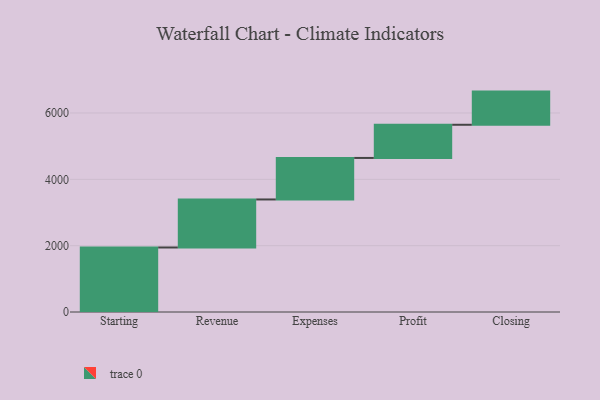
{"axis": {"x": "Step", "y": "Value"}, "legend": [""], "data": [{"x": "Starting", "y": 1945.0, "type": ""}, {"x": "Revenue", "y": 1448.0, "type": ""}, {"x": "Expenses", "y": 1252.0, "type": ""}, {"x": "Profit", "y": 1000, "type": ""}, {"x": "Closing", "y": 1000, "type": ""}]}